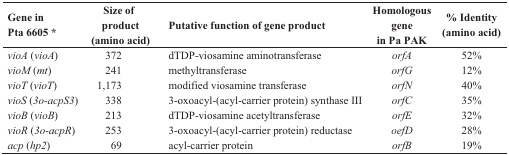
| Gene in Pta 6605* | Size of product (amino acid) | Putative function of gene product | Homologous gene in Pa PAK | % Identity (amino acid) |
 | --- | --- | --- | --- | --- |
 | vioA (vioA) | 372 | dTDP-viosamine aminotransferase | orfA | 52% |
 | vioM (mt) | 241 | methyltransferase | orfG | 12% |
 | vioT (vioT) | 1,173 | modified viosamine transferase | orfN | 40% |
 | vioS (3o-acpS3) | 338 | 3-oxoacyl-(acyl-carrier protein) synthase III | orfC | 35% |
 | vioB (vioB) | 213 | dTDP-viosamine acetyltransferase | orfE | 32% |
 | vioR (3o-acpR) | 253 | 3-oxoacyl-(acyl-carrier protein) reductase | oefD | 28% |
 | acp (hp2) | 69 | acyl-carrier protein | orfB | 19% |